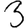
Digit: 3